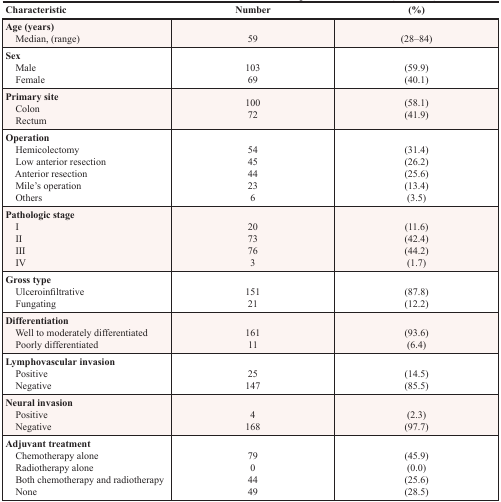
<table><thead><tr><td><b>Characteristic</b></td><td><b>Number</b></td><td><b>(%)</b></td></tr></thead><tbody><tr><td><b>Age (years)</b> Median, (range)</td><td>59</td><td>(28–84)</td></tr><tr><td><b>Sex</b> Male Female</td><td>10369</td><td>(59.9)(40.1)</td></tr><tr><td><b>Primary site</b> Colon Rectum</td><td>10072</td><td>(58.1)(41.9)</td></tr><tr><td><b>Operation</b> Hemicolectomy Low anterior resection Anterior resection Mile&#x27;s operation Others</td><td>544544236</td><td>(31.4)(26.2)(25.6)(13.4)(3.5)</td></tr><tr><td><b>Pathologic stage</b> I II III IV</td><td>2073763</td><td>(11.6)(42.4)(44.2)(1.7)</td></tr><tr><td><b>Gross type</b> Ulceroinfiltrative Fungating</td><td>15121</td><td>(87.8)(12.2)</td></tr><tr><td><b>Differentiation</b> Well to moderately differentiated Poorly differentiated</td><td>16111</td><td>(93.6)(6.4)</td></tr><tr><td><b>Lymphovascular invasion</b> Positive Negative</td><td>25147</td><td>(14.5)(85.5)</td></tr><tr><td><b>Neural invasion</b> Positive Negative</td><td>4168</td><td>(2.3)(97.7)</td></tr><tr><td><b>Adjuvant treatment</b> Chemotherapy alone Radiotherapy alone Both chemotherapy and radiotherapy None</td><td>7904449</td><td>(45.9)(0.0)(25.6)(28.5)</td></tr></tbody></table>